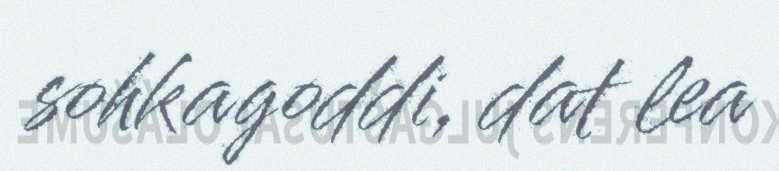
sohkagoddi, dat lea